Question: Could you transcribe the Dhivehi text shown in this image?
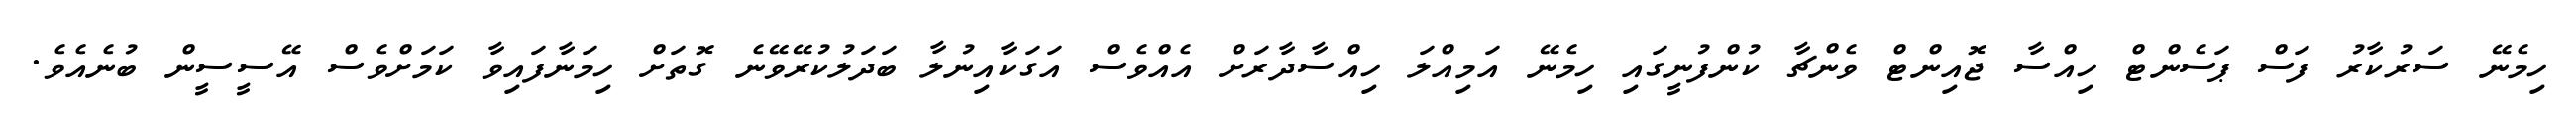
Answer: ހިމެނޭ ސަރުކާރު ފަސް ޕަސެންޓް ހިއްސާ ޖޮއިންޓް ވެންޗާ ކުންފުނީގައި ހިމެނޭ އަމިއްލަ ހިއްސާދާރަށް އެއްވެސް އަގަކާއިނުލާ ބަދަލުކުރޭވޭނެ ގޮތަށް ހިމަނާފައިވާ ކަމަށްވެސް އޭސީސީން ބުނެއެވެ.